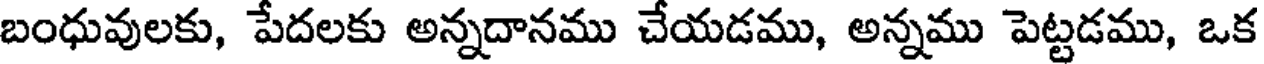
బంధువులకు, పేదలకు అన్నదానము చేయడము, అన్నము పెట్టడము, ఒక